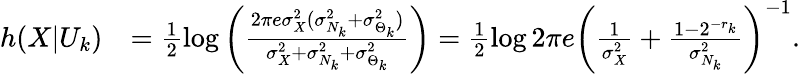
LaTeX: \begin{array}{rl}{h(X|U_{k})}&{=\frac{1}{2}\log\left(\frac{2\pi e\sigma_{X}^{2}(\sigma_{N_{k}}^{2}+\sigma_{\Theta_{k}}^{2})}{\sigma_{X}^{2}+\sigma_{N_{k}}^{2}+\sigma_{\Theta_{k}}^{2}}\right)=\frac{1}{2}\log 2\pi e\left(\frac{1}{\sigma_{X}^{2}}+\frac{1-2^{-r_{k}}}{\sigma_{N_{k}}^{2}}\right)^{-1}.}\end{array}